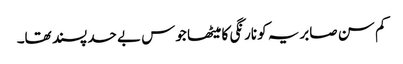
کم سن صابریہ کو نارنگی کا میٹھا جوس بے حد پسند تھا۔